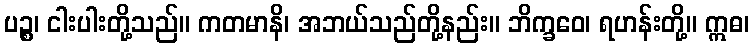
ပဉ္စ၊ ငါးပါးတို့သည်။ ကတမာနိ၊ အဘယ်သည်တို့နည်း။ ဘိက္ခဝေ၊ ရဟန်းတို့။ ဣဓ၊